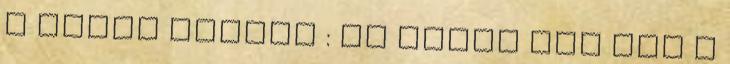
a hatos pontot : De előbb még itt a